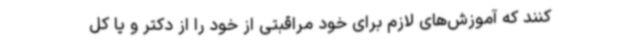
کنند که آموزش‌های لازم برای خود مراقبتی از خود را از دکتر و یا کل